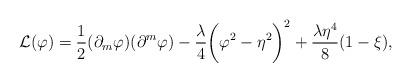
\begin{align*}{\cal L}(\varphi) = \frac{1}{2} (\partial_m \varphi) (\partial^m \varphi) - \frac{\lambda}{4} \biggl( \varphi^2 - \eta^2 \biggr)^2 + \frac{\lambda \eta^4}{8} ( 1 - \xi ),\end{align*}